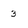
Character: 3